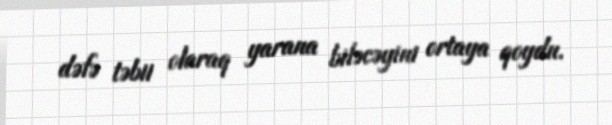
dəfə təbii olaraq yarana biləcəyini ortaya qoydu.